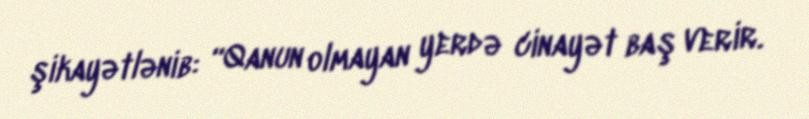
şikayətlənib: “Qanun olmayan yerdə cinayət baş verir.